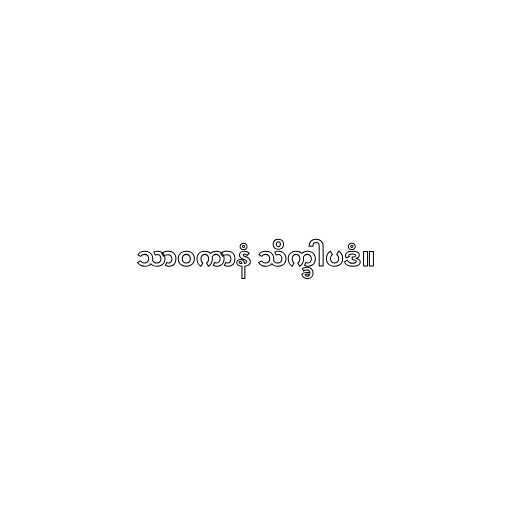
သာဝကာနံ သိက္ခါပဒံ။